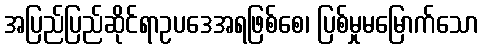
အပြည်ပြည်ဆိုင်ရာဥပဒေအရဖြစ်စေ၊ ပြစ်မှုမမြောက်သော